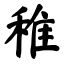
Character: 稚